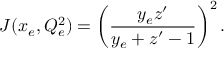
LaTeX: J ( x _ { e } , Q _ { e } ^ { 2 } ) = \left( \frac { y _ { e } z ^ { \prime } } { y _ { e } + z ^ { \prime } - 1 } \right) ^ { 2 } .